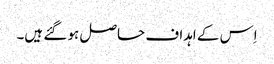
اِس کے اہداف حاصل ہو گئے ہیں۔